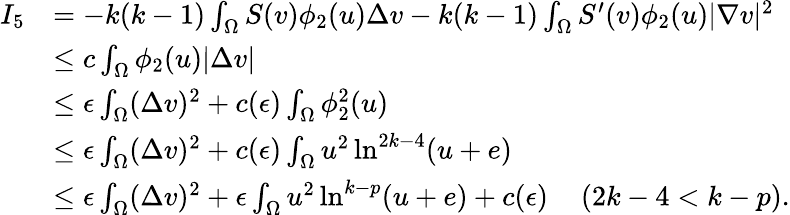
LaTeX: \begin{array}{rl}{I_{5}}&{=-k(k-1)\int_{\Omega}S(v)\phi_{2}(u)\Delta v-k(k-1)\int_{\Omega}S^{\prime}(v)\phi_{2}(u)|\nabla v|^{2}}\\ &{\leq c\int_{\Omega}\phi_{2}(u)|\Delta v|}\\ &{\leq\epsilon\int_{\Omega}(\Delta v)^{2}+c(\epsilon)\int_{\Omega}\phi_{2}^{2}(u)}\\ &{\leq\epsilon\int_{\Omega}(\Delta v)^{2}+c(\epsilon)\int_{\Omega}u^{2}\ln^{2k-4}(u+e)}\\ &{\leq\epsilon\int_{\Omega}(\Delta v)^{2}+\epsilon\int_{\Omega}u^{2}\ln^{k-p}(u+e)+c(\epsilon)\quad\left(2k-4<k-p\right).}\end{array}